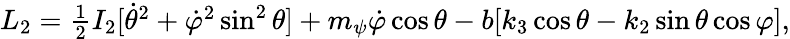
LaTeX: \begin{array}{r}{L_{2}=\frac 12I_{2}[\dot{\theta}^{2}+\dot{\varphi}^{2}\sin^{2}\theta]+m_{\psi}\dot{\varphi}\cos\theta-b[k_{3}\cos\theta-k_{2}\sin\theta\cos\varphi],}\end{array}